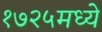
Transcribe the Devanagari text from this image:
१७२५मध्ये